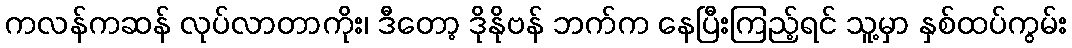
ကလန်ကဆန် လုပ်လာတာကိုး၊ ဒီတော့ ဒိုနိုဗန် ဘက်က နေပြီးကြည့်ရင် သူ့မှာ နှစ်ထပ်ကွမ်း